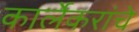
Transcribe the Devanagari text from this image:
कार्लेकरांचे